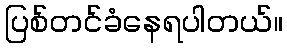
ပြစ်တင်ခံနေရပါတယ်။